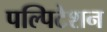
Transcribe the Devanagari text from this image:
पल्पिटेशन